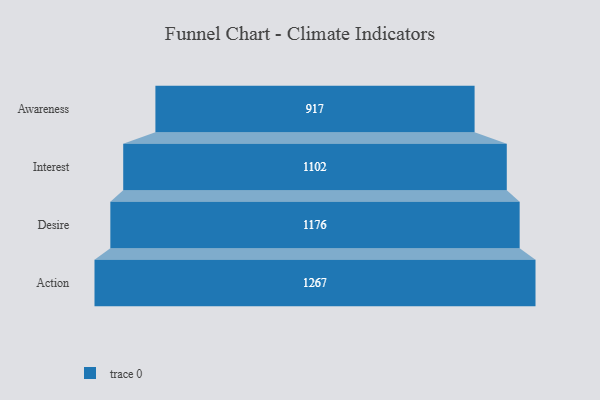
{"axis": {"x": "Stage", "y": "Value"}, "legend": [""], "data": [{"x": "Awareness", "y": 917.0, "type": ""}, {"x": "Interest", "y": 1102.0, "type": ""}, {"x": "Desire", "y": 1176.0, "type": ""}, {"x": "Action", "y": 1267.0, "type": ""}]}